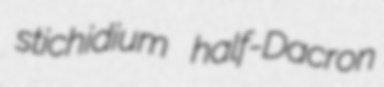
stichidium half-Dacron